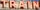
TRAIN